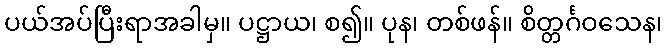
ပယ်အပ်ပြီးရာအခါမှ။ ပဋ္ဌာယ၊ စ၍။ ပုန၊ တစ်ဖန်။ စိတ္တင်္ဂဝသေန၊